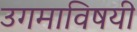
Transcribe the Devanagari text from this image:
उगमाविषयी